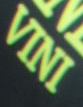
VINI